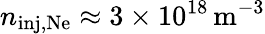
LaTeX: n_{\mathrm{inj,Ne}}\approx 3\times 10^{18}\, \mathrm{m^{-3}}